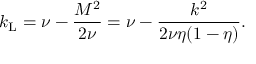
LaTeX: k _ { \mathrm { L } } = \nu - \frac { M ^ { 2 } } { 2 \nu } = \nu - \frac { k ^ { 2 } } { 2 \nu \eta ( 1 - \eta ) } .